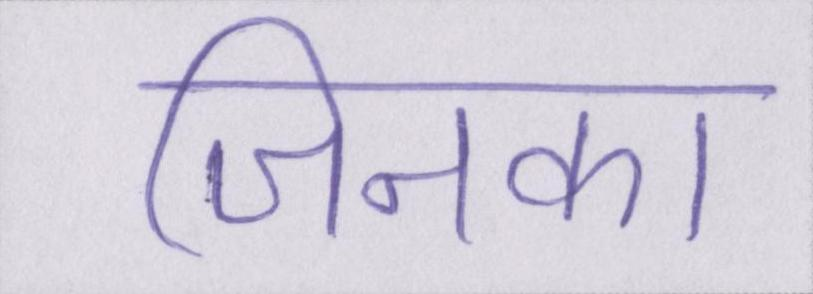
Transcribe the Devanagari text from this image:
जिनका